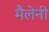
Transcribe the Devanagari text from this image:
मैलेनी